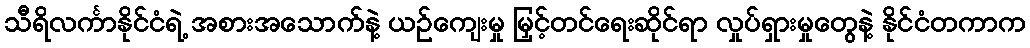
သီရိလင်္ကာနိုင်ငံရဲ့ အစားအသောက်နဲ့ ယဉ်ကျေးမှု မြှင့်တင်ရေးဆိုင်ရာ လှုပ်ရှားမှုတွေနဲ့ နိုင်ငံတကာက